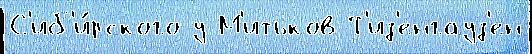
С'иб'и́рского у М'итьков Т'из'енгауз'ен